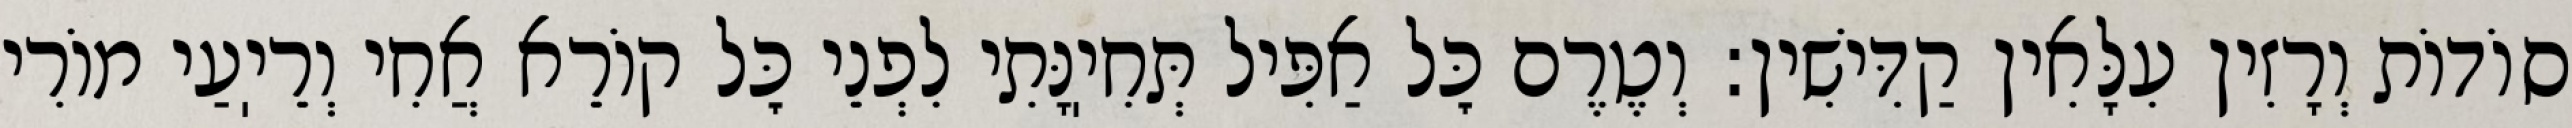
סוֹדוֹת וְרָזִין עִלָּאִין קַדִּישִׁין: וְטֶרֶם כׇּל אַפִּיל תְּחִיֽנָּתִי לִפְנֵי כׇּל קוֹרֵא אֲחִי וְרֵיֽעַי מוֹרִי